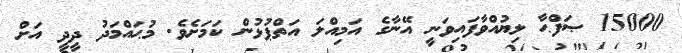
15000 ޞަފްޙާ ލިޔުއްވާފައިވަނީ އޭނާގެ އަމިއްލަ އަތްޕުޅުން ކަމަށެވެ. މުޙައްމަދު ދީދީ އަށް